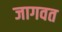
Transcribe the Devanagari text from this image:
जागवत